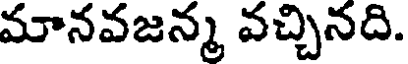
మానవజన్మ వచ్చినది.